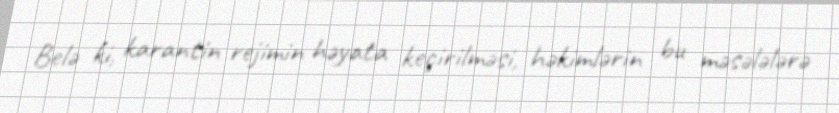
Belə ki, karantin rejimin həyata keçirilməsi, həkimlərin bu məsələlərə